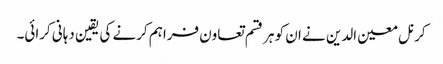
کرنل معین الدین نے ان کو ہر قسم تعاون فراہم کرنے کی یقین دہانی کرائی۔